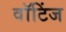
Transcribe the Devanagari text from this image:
वॉटिंज